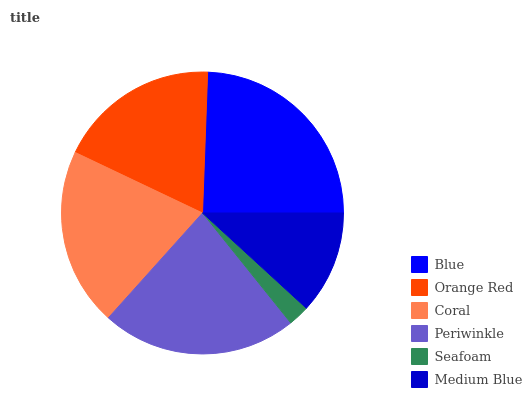
| Blue | Orange Red | Coral | Periwinkle | Seafoam | Medium Blue |
 | --- | --- | --- | --- | --- | --- |
 | 24.4% | 18.5% | 20.4% | 22.5% | 2.42% | 11.8% |